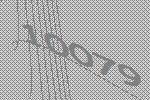
10079